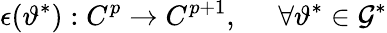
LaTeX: \epsilon(\vartheta^{*}):C^{p}\rightarrow C^{p+1},\; \; \; \; \; \forall\vartheta^{*}\in{\cal G}^{*}